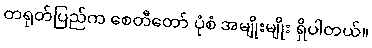
တရုတ်ပြည်က စေတီတော် ပုံစံ အမျိုးမျိုး ရှိပါတယ်။